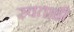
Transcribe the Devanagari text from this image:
स्वताही